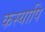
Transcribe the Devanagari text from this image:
कस्यापि